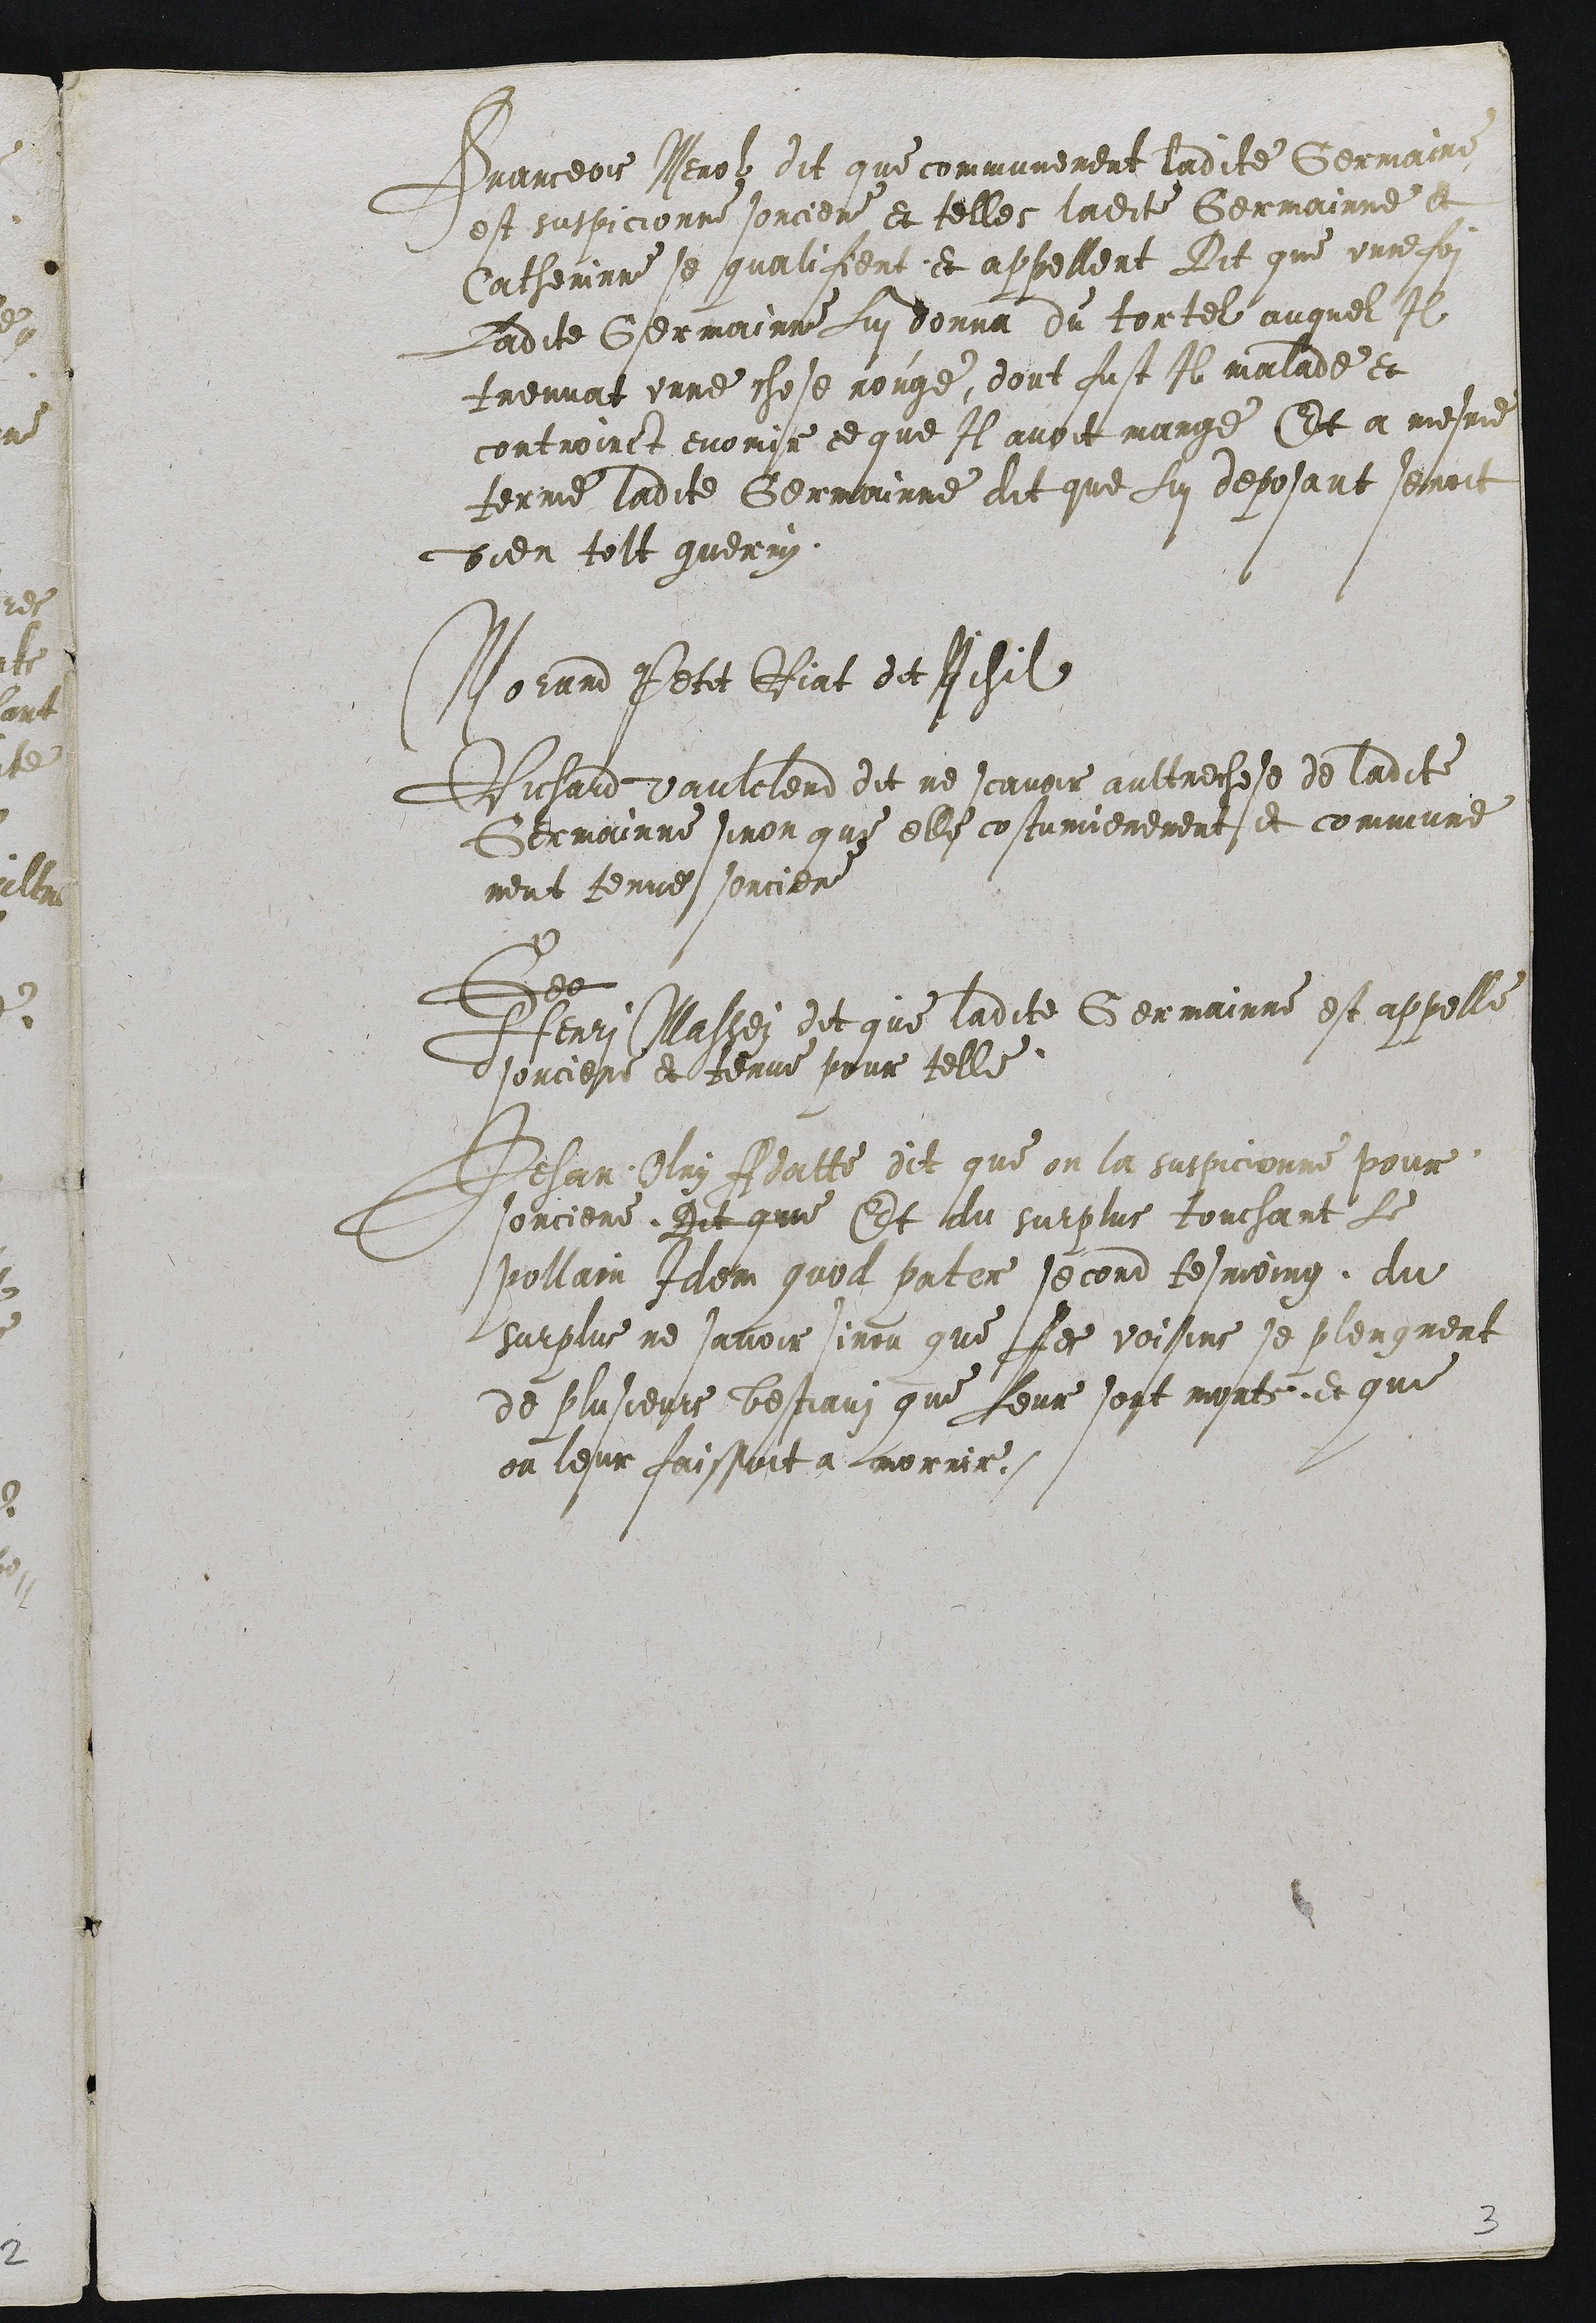
Franceois Perolz dit que communement ladite Germaine
est suspicionne sorciere et telles ladite Germainne et
Catherinne se qualicient et appellent Dit que unne son
Ladite Germainne Lui donna du tortel auquel Il
treuvat unne chose rouge, dont fust Il malade et
controinct enomir ce que Il avoit mange Et a mesme
terme ladite Germainne dit que Lui deposant servoit
bien tolt guerry.

Norard Petit Riat des Phil
Richard Vaulelerd dit ne scangir aultresose de ladite
Germainne siron que elle costumierement et commune
ment tenue sorciere
Ser
Fenri Massei dit que ladite Germainne est appelle
Tsonciere et tenue pour telle
Jehan Olry Aatte dit que on la susticionne pour
sorciere. Dit que Et au surplus touchant le
Pollain fiem quoi pator second tesmoing du
surplus ne savoir sinon que Les voisins se plensment
de plusieurs bestiauz que Jeur sont mirte, et que
ou leur faissoit a morrir.

3